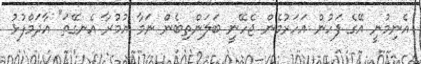
އެނިމުނީ އޭގެ ފަހުން އަހަރުމެން ޖެހޭނީ ބަލަންތިބެން ނަމާ އުމުރާ އެނގޭތަ" އާދަމްފުޅު